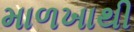
માળખાથી